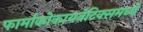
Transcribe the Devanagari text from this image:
फार्माकोकायनेटिक्समध्ये